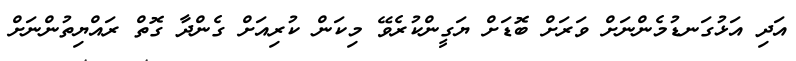
އަދި އަޅުގަނޑުމެންނަށް ވަރަށް ބޮޑަށް ޔަގީންކުރެވޭ މިކަން ކުރިއަށް ގެންދާ ގޮތް ރައްޔިތުންނަށް